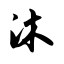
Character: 沐